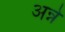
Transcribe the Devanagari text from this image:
अन्ने